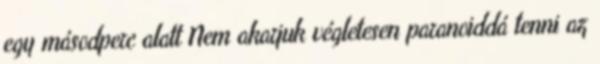
egy másodperc alatt Nem akarjuk végletesen paranoiddá tenni az